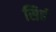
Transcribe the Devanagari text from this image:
सिहं